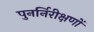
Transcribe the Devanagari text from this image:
पुनर्निरीक्षणों